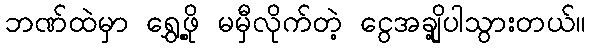
ဘဏ်ထဲမှာ ရွှေ့ဖို့ မမှီလိုက်တဲ့ ငွေအချို့ပါသွားတယ်။